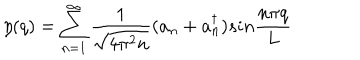
LaTeX: \eta ( q ) = \sum _ { n = 1 } ^ { \infty } { \frac { 1 } { \sqrt { 4 \pi ^ { 2 } n } } } ( a _ { n } + a _ { n } ^ { \dagger } ) s i n { \frac { n \pi q } { L } }